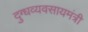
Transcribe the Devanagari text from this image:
दुग्धव्यवसायमंत्री